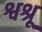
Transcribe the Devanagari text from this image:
श्वश्रू